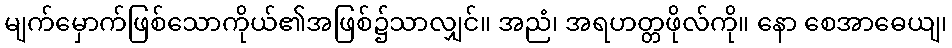
မျက်မှောက်ဖြစ်သောကိုယ်၏အဖြစ်၌သာလျှင်။ အညံ၊ အရဟတ္တဖိုလ်ကို။ နော စေအာဓေယျ၊